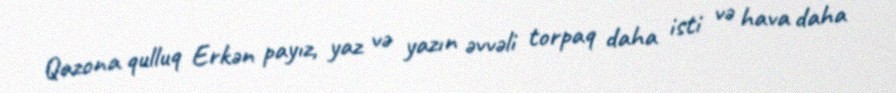
Qazona qulluq Erkən payız, yaz və yazın əvvəli torpaq daha isti və hava daha